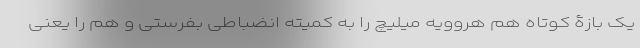
یک بازۀ کوتاه هم هروویه میلیچ را به کمیته انضباطی بفرستی و هم را یعنی